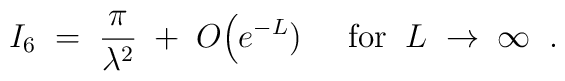
I_6 \; = \; \frac{\pi}{\lambda^2} \; + \; O\Big(e^{-L}) \; \; \; \;\; \mbox{for} \; \; L \; \rightarrow \; \infty \; \; .